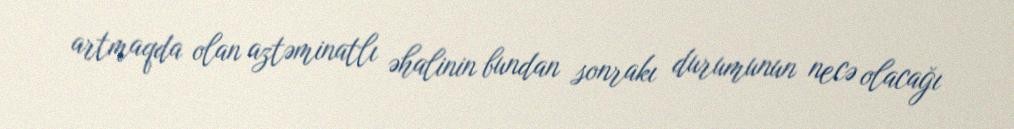
artmaqda olan aztəminatlı əhalinin bundan sonrakı durumunun necə olacağı